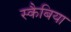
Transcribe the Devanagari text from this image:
स्कैबिया